Report of the Indian Hemp Drugs Commission, 1894-1895 - Volume VI
Year: 1894
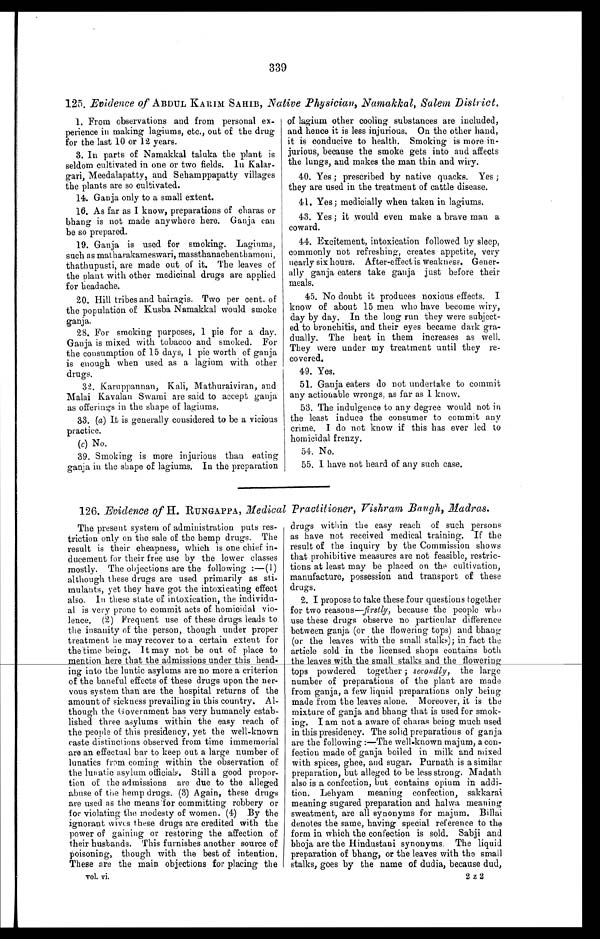
339
125. Evidence of ABDUL KARIM SAHIB, Native Physician, Namakkal, Salem District.
1. From observations and from personal ex-
perience in making lagiums, etc., out of the drug
for the last 10 or 12 years.
3. In parts of Namakkal taluka the plant is
seldom cultivated in one or two fields. In Kalar-
gari, Meedalapatty, and Sehamppapatty villages
the plants are so cultivated.
14. Ganja only to a small extent.
16, As far as I know, preparations of charas or
bhang is not made anywhere here. Ganja can
be so prepared.
19. Ganja is used for smoking. Laginms,
such as matharakameswari, massthanachenthamoni,
thathupusti, are made out of it. The leaves of
the plant with other medicinal drugs are applied
for headache.
20. Hill tribes and bairagis. Two per cent. of
the population of Kusba Namakkal would smoke
ganja.
28. For smoking purposes, 1 pie for a day.
Ganja is mixed with tobacoo and smoked. For
the consumption of 15 days, 1 pie worth of ganja
is enough when used as a lagium with other
drugs.
32. Karuppannan, Kali, Mathuraiviran, and
Malai Kavalan Swami are said to accept ganja
as offerings in the shape of lagiums.
33. (a) It is generally considered to be a vicious
practice.
(c) No.
39. Smoking is more injurious than eating
ganja in the shape of lagiums. In the preparation
of lagium other cooling substances are included,
and hence it is less injurious. On the other hand,
it is conducive to health. Smoking is more in-
jurious, because the smoke gets into and affects
the lungs, and makes the man thin and wiry.
40. Yes ; prescribed by native quacks. Yes ;
they are used in the treatment of cattle disease.
41. Yes; medicially when taken in lagiums.
43. Yes ; it would even make a brave man a
coward.
44. Excitement, intoxication followed by sleep,
commonly not refreshing, creates appetite, very
nearly six hours. After-effect is weakness. Gener-
ally ganja eaters take ganja just before their
meals.
45. No doubt it produces noxious effects. I
know of about 15 men who have become wiry,
day by day. In the long run they were subject-
ed to bronchitis, and their eyes became dark gra-
dually. The heat in them increases as well.
They were under my treatment until they re-
covered.
49. Yes.
51. Ganja eaters do not undertake to commit
any actionable wrongs, as far as I know.
53. The indulgence to any degree would not in
the least induce the consumer to commit any
crime. I do not know if this has ever led to
homicidal frenzy.
54. No.
55. I have not heard of any such case.
126. Evidence of H. RUNGAPPA, M edical Practitioner, Vishvam Baugh, Madras.
The present system of administration puts res-
triction only on the sale of the hemp drugs. The
result is their cheapness, which is one chief in-
ducement for their free use by the lower classes
mostly. The objections are the following :—(1)
although these drugs are used primarily as sti-
mulants, yet they have got the intoxicating effect
also. In these state of intoxication, the individu-
al is very prone to commit acts of homicidal vio-
lence. (2) Frequent use of these drugs leads to
the insanity of the person, though under proper
treatment he may recover to a certain extent for
the time being. It may not be out of place to
mention here that the admissions under this head-
ing into the luntic asylums are no more a criterion
of the baneful effects of these drugs upon the ner-
vous system than are the hospital returns of the
amount of sickness prevailing in this country. Al-
though the Government has very humanely estab-
lished three asylums within the easy reach of
the people of this presidency, yet the well-known
caste distinctions observed from time immemorial
are an effectual bar to keep out a large number of
lunatics from coming within the observation of
the lunatic asylum officials. Still a good propor-
tion of the admissions are due to the alleged
abuse of the hemp drugs. (3) Again, these drugs
are used as the means for committing robbery or
for violating the modesty of women. (4) By the
ignorant wives these drugs are credited with the
power of gaining or restoring the affection of
their husbands. This furnishes another source of
poisoning, though with the best of intention.
These are the main objections for placing the
v o l . v i .
drugs within the easy reach of such persons
as have not received medical training. If the
result of the inquiry by the Commission shows
that prohibitive measures are not feasible, restric-
tions at least may be placed on the cultivation,
manufacture, possession and transport of these
drugs.
2. I propose to take these four questions together
for two reasons—firstly, because the people who
use these drugs observe no particular difference
between ganja (or the flowering tops) and bhang
(or the leaves with the small stalks) ; in fact the
article sold in the licensed shops contains both
the leaves with the small stalks and the flowering
tops powdered together ; secondly, the large
number of preparations of the plant are made
from ganja, a few liquid preparations only being
made from the leaves alone. Moreover, it is the
mixture of ganja and bhang that is used for smok-
ing. I am not a aware of charas being much used
in this presidency. The solid preparations of ganja
are the following :—The well-known majum, a con-
fection made of ganja boiled in milk and mixed
with spices, ghee, and sugar. Purnath is a similar
preparation, but alleged to be less strong. Madath
also is a confection, but contains opium in addi-
tion. Lehyam meaning confection, sakkarai
meaning sugared preparation and halwa meaning
sweatment, are all synonyms for majum. Billai
denotes the same, having special reference to the
form in which the confection is sold. Sabji and
bhoja are the Hindustani synonyms. The liquid
preparation of bhang, or the leaves with the small
stalks, goes by the name of dudia, because dud,
2 z 2